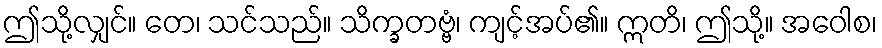
ဤသို့လျှင်။ တေ၊ သင်သည်။ သိက္ခတဗ္ဗံ၊ ကျင့်အပ်၏။ ဣတိ၊ ဤသို့။ အဝေါစ၊